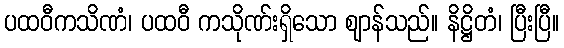
ပထဝီကသိဏံ၊ ပထဝီ ကသိုဏ်းရှိသော ဈာန်သည်။ နိဋ္ဌိတံ၊ ပြီးပြီ။